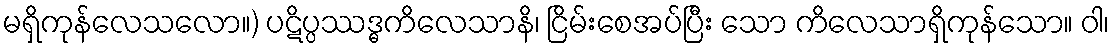
မရှိကုန်လေသလော။) ပဋိပ္ပဿဒ္ဓကိလေသာနိ၊ ငြိမ်းစေအပ်ပြီး သော ကိလေသာရှိကုန်သော။ ဝါ၊